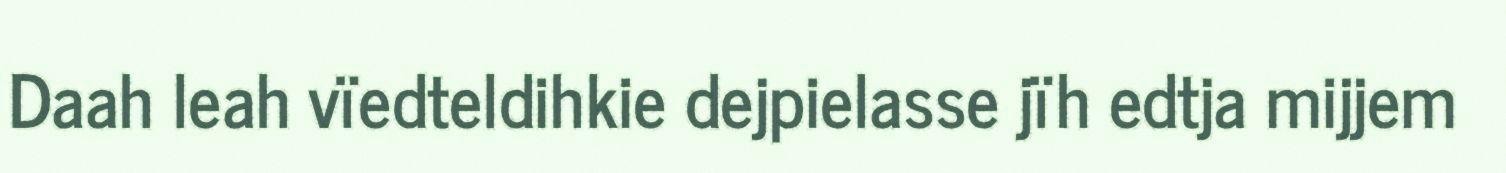
Daah leah vïedteldihkie dejpielasse jïh edtja mijjem